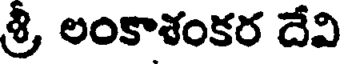
శ్రీ లంకాశంకర దేవి